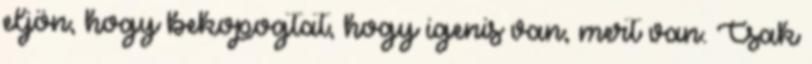
eljön, hogy bekopogtat, hogy igenis van, mert van. Csak